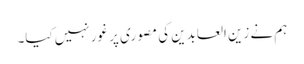
ہم نے زین العابدین کی مصوری پر غور نہیں کیا۔